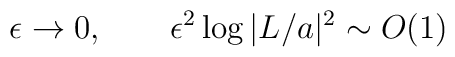
\epsilon \rightarrow 0, \qquad \epsilon ^2 \log|L/a|^2 \sim O(1)